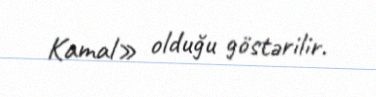
Kamal» olduğu göstərilir.